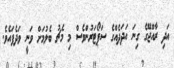
އަދި ރާއްޖޭގެ ގިނަ އަދަދެއްގެ ސަޕޯޓަރުންވެސް މި މެޗު ބެލުމަށް ވަނީ ވަދެފައެވެ.